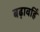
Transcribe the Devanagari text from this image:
बढ़ावहिं